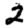
Digit: 2